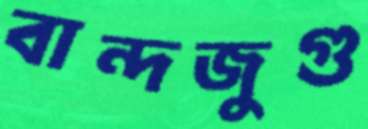
বান্দজুগু